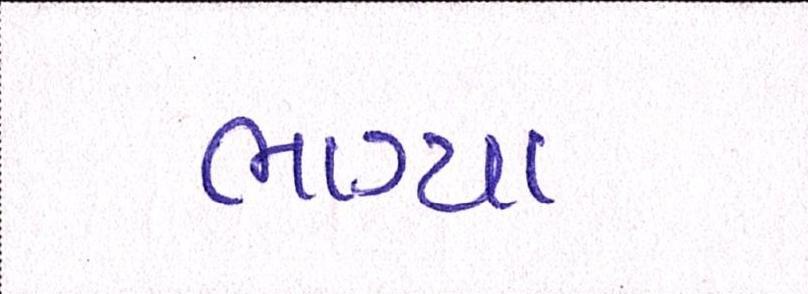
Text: ભાગ્યા